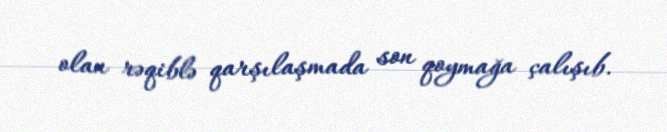
olan rəqiblə qarşılaşmada son qoymağa çalışıb.